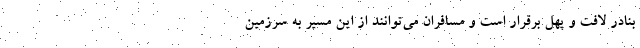
بنادر لافت و پُهل برقرار است و مسافران می‌توانند از این مسیر به سرزمین